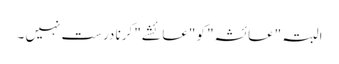
البتہ "عائشہ" کو "عائشے" کرنا درست نہیں ۔